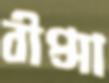
বীপ্সা